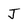
Character: J